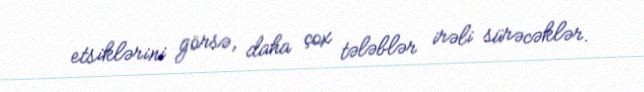
etsiklərini görsə, daha çox tələblər irəli sürəcəklər.